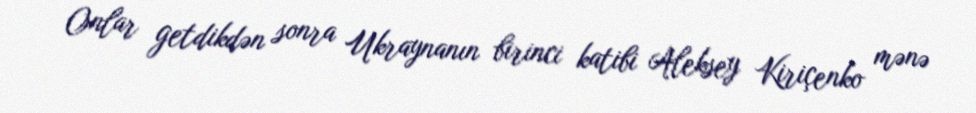
Onlar getdikdən sonra Ukraynanın birinci katibi Aleksey Kiriçenko mənə